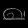
Digit: ၈